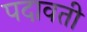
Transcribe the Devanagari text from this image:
पदावती